Madras plague regulations and rules - Volume 1
Disease focus: Plague
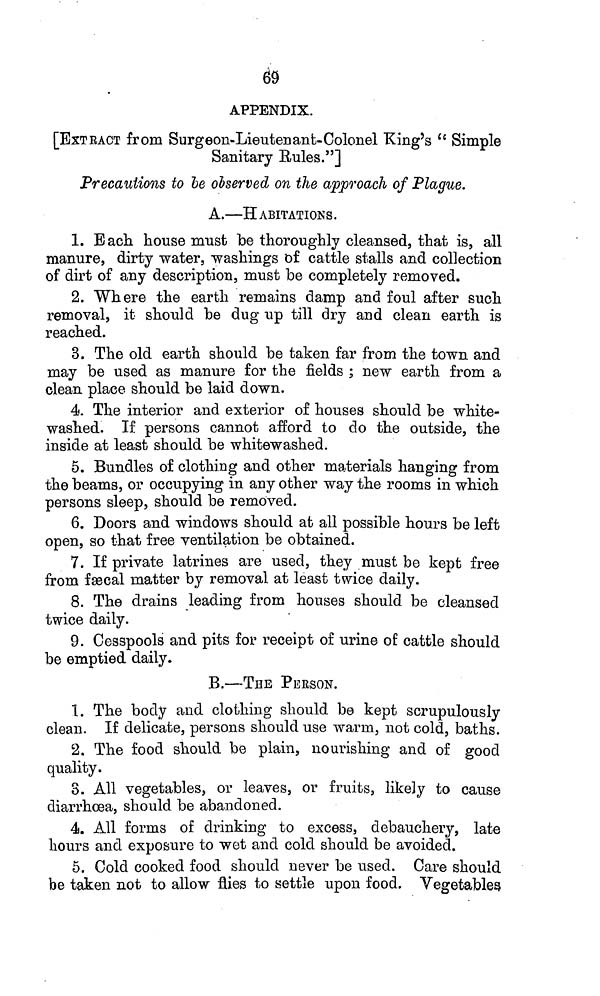
69
APPENDIX.
[EXTrACT from Surgeon-Lieutenant-Colonel King's " Simple
Sanitary Rules."]
Precautions to be observed on the approach of Plague.
A.—H ABITATIONS.
1. Bach house must be thoroughly cleansed, that is, all
manure, dirty water, washings of cattle stalls and collection
of dirt of any description, must be completely removed,
2. Where the earth remains damp and foul after such
removal, it should be dug up till dry and clean earth is
reached.
3. The old earth should be taken far from the town and
may be used as manure for the fields ; new earth from a
clean place should be laid down.
4. The interior and exterior of houses should be white-
washed. If persons cannot afford to do the outside, the
inside at least should be whitewashed.
5. Bundles of clothing and other materials hanging from
the beams, or occupying in any other way the rooms in which
persons sleep, should be removed.
6. Doors and windows should at all possible hours be left
open, so that free ventilation be obtained.
7. If private latrines are used, they must be kept free
from fæcal matter by removal at least twice daily.
8. The drains leading from houses should be cleansed
twice daily.
9. Cesspools and pits for receipt of urine of cattle should
be emptied daily.
B.—THE PERSON.
1. The body and clothing should be kept scrupulously
clean. If delicate, persons should use warm, not cold, baths.
2. The food should be plain, nourishing and of good
quality.
8. All vegetables, or leaves, or fruits, likely to cause
diarrhoea, should be abandoned.
4. All forms of drinking to excess, debauchery, late
hours and exposure to wet and cold should be avoided.
5. Cold cooked food should never be used. Care should
be taken not to allow flies to settle upon food. Vegetables